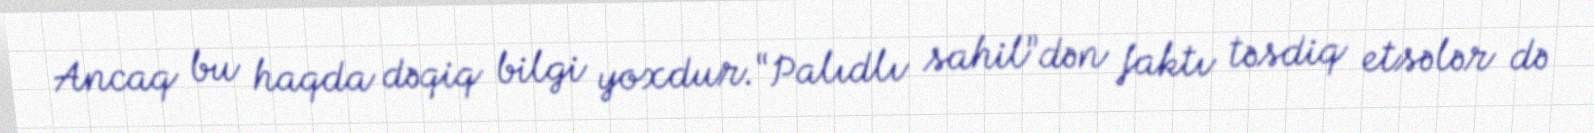
Ancaq bu haqda dəqiq bilgi yoxdur.“Palıdlı sahil”dən faktı təsdiq etsələr də